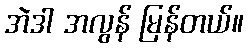
အဲဒါ အလွန် မြန်တယ်။